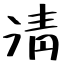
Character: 淸